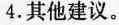
4.其他建议。